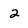
Character: 2